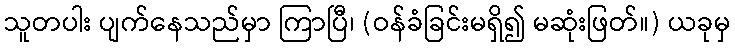
သူတပါး ပျက်နေသည်မှာ ကြာပြီ၊ (ဝန်ခံခြင်းမရှိ၍ မဆုံးဖြတ်။) ယခုမှ